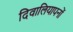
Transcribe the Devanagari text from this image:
दिवालियापनों